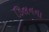
ડિલનના